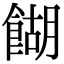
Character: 餬